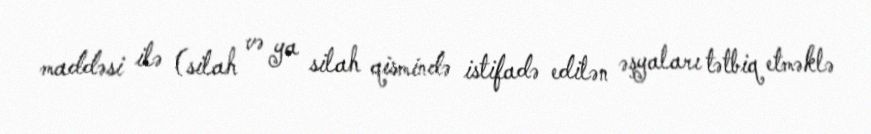
maddəsi ilə (silah və ya silah qismində istifadə edilən əşyaları tətbiq etməklə